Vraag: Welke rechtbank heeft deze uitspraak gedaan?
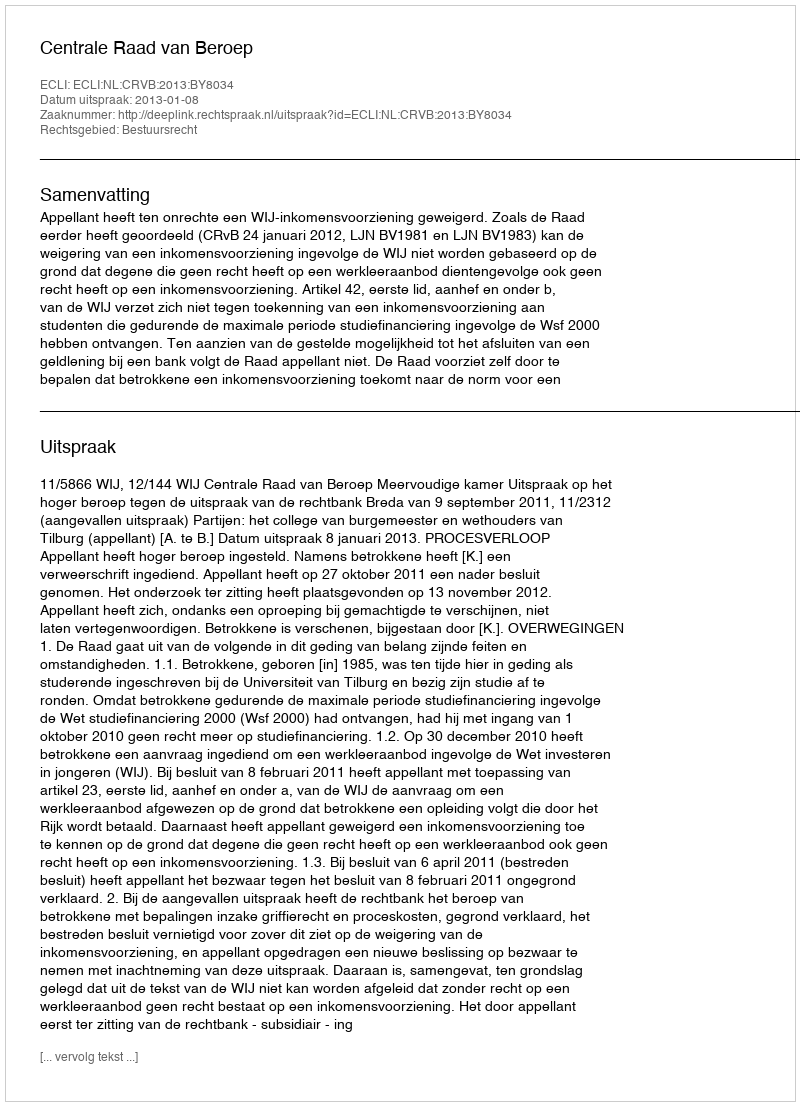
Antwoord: Centrale Raad van Beroep